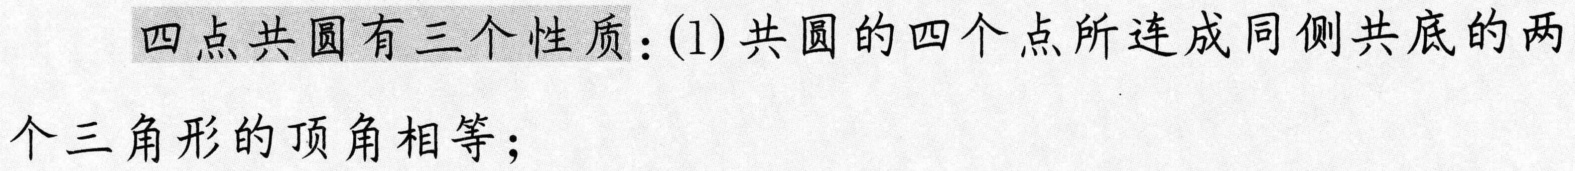
四点共圆有三个性质：(1)共圆的四个点所连成同侧共底的两个三角形的顶角相等；